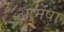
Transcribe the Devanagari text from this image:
आमेषा